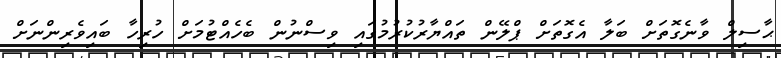
ޙާސިލް ވާނެގޮތަށް ބަލާ އެގޮތަށް ޕްލޭން ތައްޔާރުކުރުމުގައި ވިސްނުން ބެހެއްޓުމަށް ހުރިހާ ބައިވެރިންނަށް